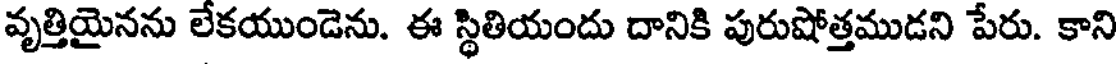
వృత్తియైనను లేకయుండెను. ఈ స్థితియందు దానికి పురుషోత్తముడని పేరు. కాని